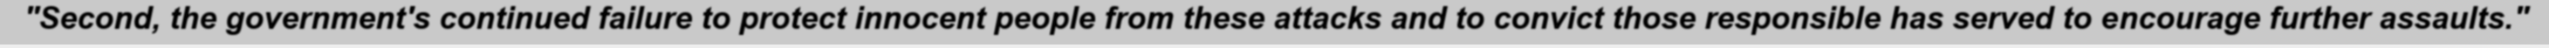
"Second, the government's continued failure to protect innocent people from these attacks and to convict those responsible has served to encourage further assaults."